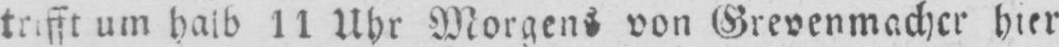
trifft um halb 11 Uhr Morgens von Grevenmacher hier